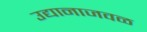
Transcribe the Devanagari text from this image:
उद्यानाजवळ